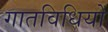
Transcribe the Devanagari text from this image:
गातविधियों